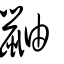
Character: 鼬